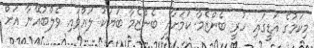
މިކަމުގެ އަޑީގައި ހުރީ ބެންޒެމާ ކަމަށާއި ބެންޒެމާ ބަޔަކު ލައްވައި ވެލްބުއޭނާ އަށް